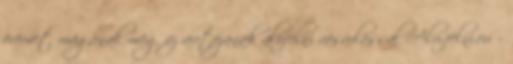
örömet magának meg az autójának alufelni vásárlással Alu-felni.eu –